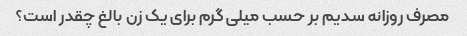
مصرف روزانه سدیم بر حسب میلی گرم برای یک زن بالغ چقدر است؟